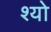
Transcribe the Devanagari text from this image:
श्यो